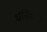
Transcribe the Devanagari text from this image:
धनिकतंत्र